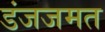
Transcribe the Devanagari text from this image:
डंजजमत